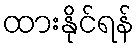
ထားနိုင်ရန်